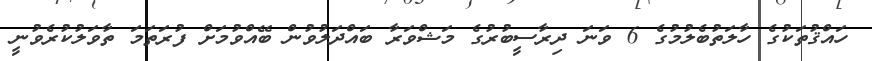
ހައްޤުތަކުގެ ހާލަތުބެލުމުގެ 6 ވަނަ ދިރާސީބުރުގެ މަޝްވަރާ ބައްދަލުވުން ބޭއްވުމަށް ފުރަތަމަ ތާވަލުކުރެވުނީ